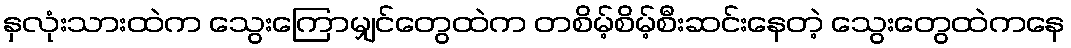
နှလုံးသားထဲက သွေးကြောမျှင်တွေထဲက တစိမ့်စိမ့်စီးဆင်းနေတဲ့ သွေးတွေထဲကနေ